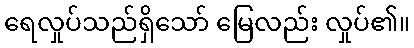
ရေလှုပ်သည်ရှိသော် မြေလည်း လှုပ်၏။